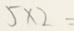
5 \times 2 =